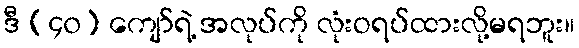
ဒီ (၄၀) ကျော်ရဲ့ အလုပ်ကို လုံးဝရပ်ထားလို့မရဘူး။